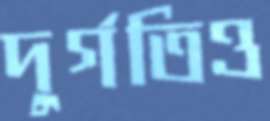
দুর্গতিও